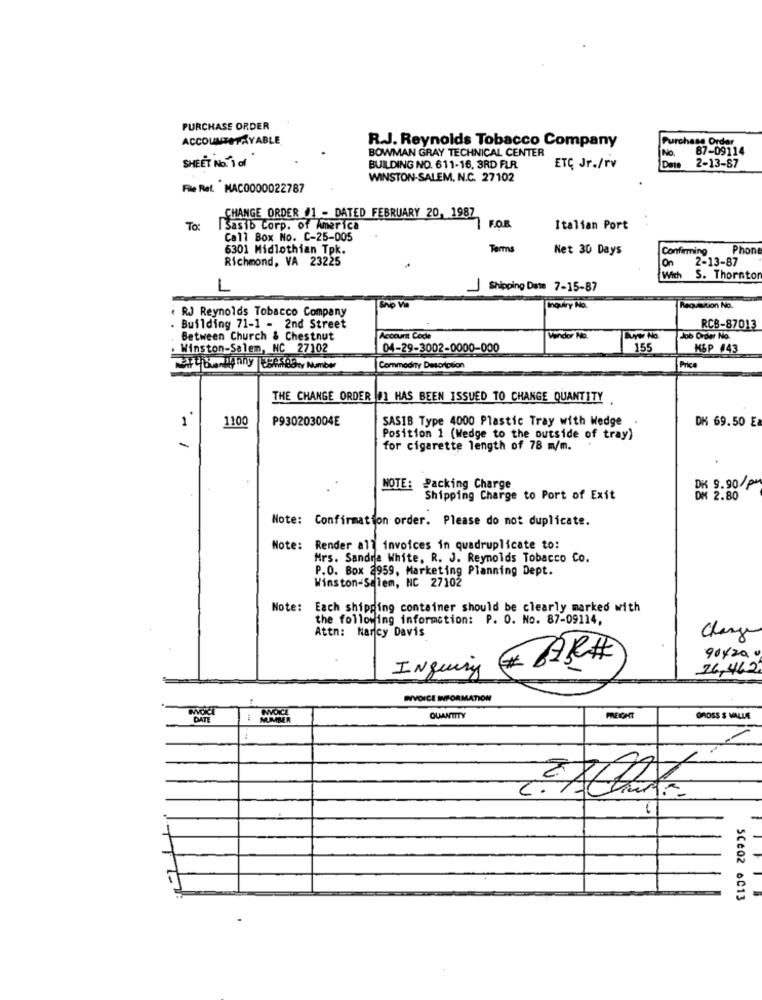
PURCHASE ORDER
ACCOUNTSPAYABLE
Purchase Order
BOWMAN GRAY TECHNICAL CENTER
R.J. Reynolds Tobacco Company
No.
87-09114
SHEET NO. 1 of
BUILDING NO. 611-16. 3RD FLR
ETÇ Jr./rv
Date
2-13-87
WINSTON-SALEM, N.C. 27102
File Ref. MAC0000022787
CHANGE ORDER #1 - DATED FEBRUARY 20, 1987
To: |Sasib Corp. of America
FOR
Italian Port
Call Box No. C-25-005
6301 Midlothian Tpk.
Term
Net 30 Days
Confirming
Phon
Richmond, VA 23225
On
2-13-87
With
S. Thornto
L
1
Shipping Date 7-15-87
< RJ Reynolds Tobacco Company
Inquiry No.
Requisition No.
Building 71-1 - 2nd Street
RCB-87013
Between Church & Chestnut
Account Code
Vendor No.
Job Order No.
. Winston-Salem, NC 27102
04-29-3002-0000-000
155
MSP #43
Commodity Description
Price
THE CHANGE ORDER #1 HAS BEEN ISSUED TO CHANGE QUANTITY
1
1100
P930203004E
SASIB Type 4000 Plastic Tray with Wedge .
DK 69.50 E
Position 1 (Wedge to the outside of tray)
-
for cigarette length of 78 m/m.
NOTE:
Packing Charge
DK 9.90/PM
Shipping Charge to Port of Exit
DM 2.80
Note: Confirmation order. Please do not duplicate.
Note:
Render all invoices in quadruplicate to:
Mrs. Sandra White, R. J. Reynolds Tobacco Co.
P.O. Box 2959, Marketing Planning Dept.
Winston-Salem, NC 27102
Note: Each shipping container should be clearly marked with
the following information: P. O. No. 87-09114,
Attn: Narcy Davis
Change
90/20.0
AR#
26,462
INquiny
INVOICE INFORMATION
NYDICE
MUMMER
QUANTITY
FRECHT
GROSS S VALUE
5Ce02 oC13